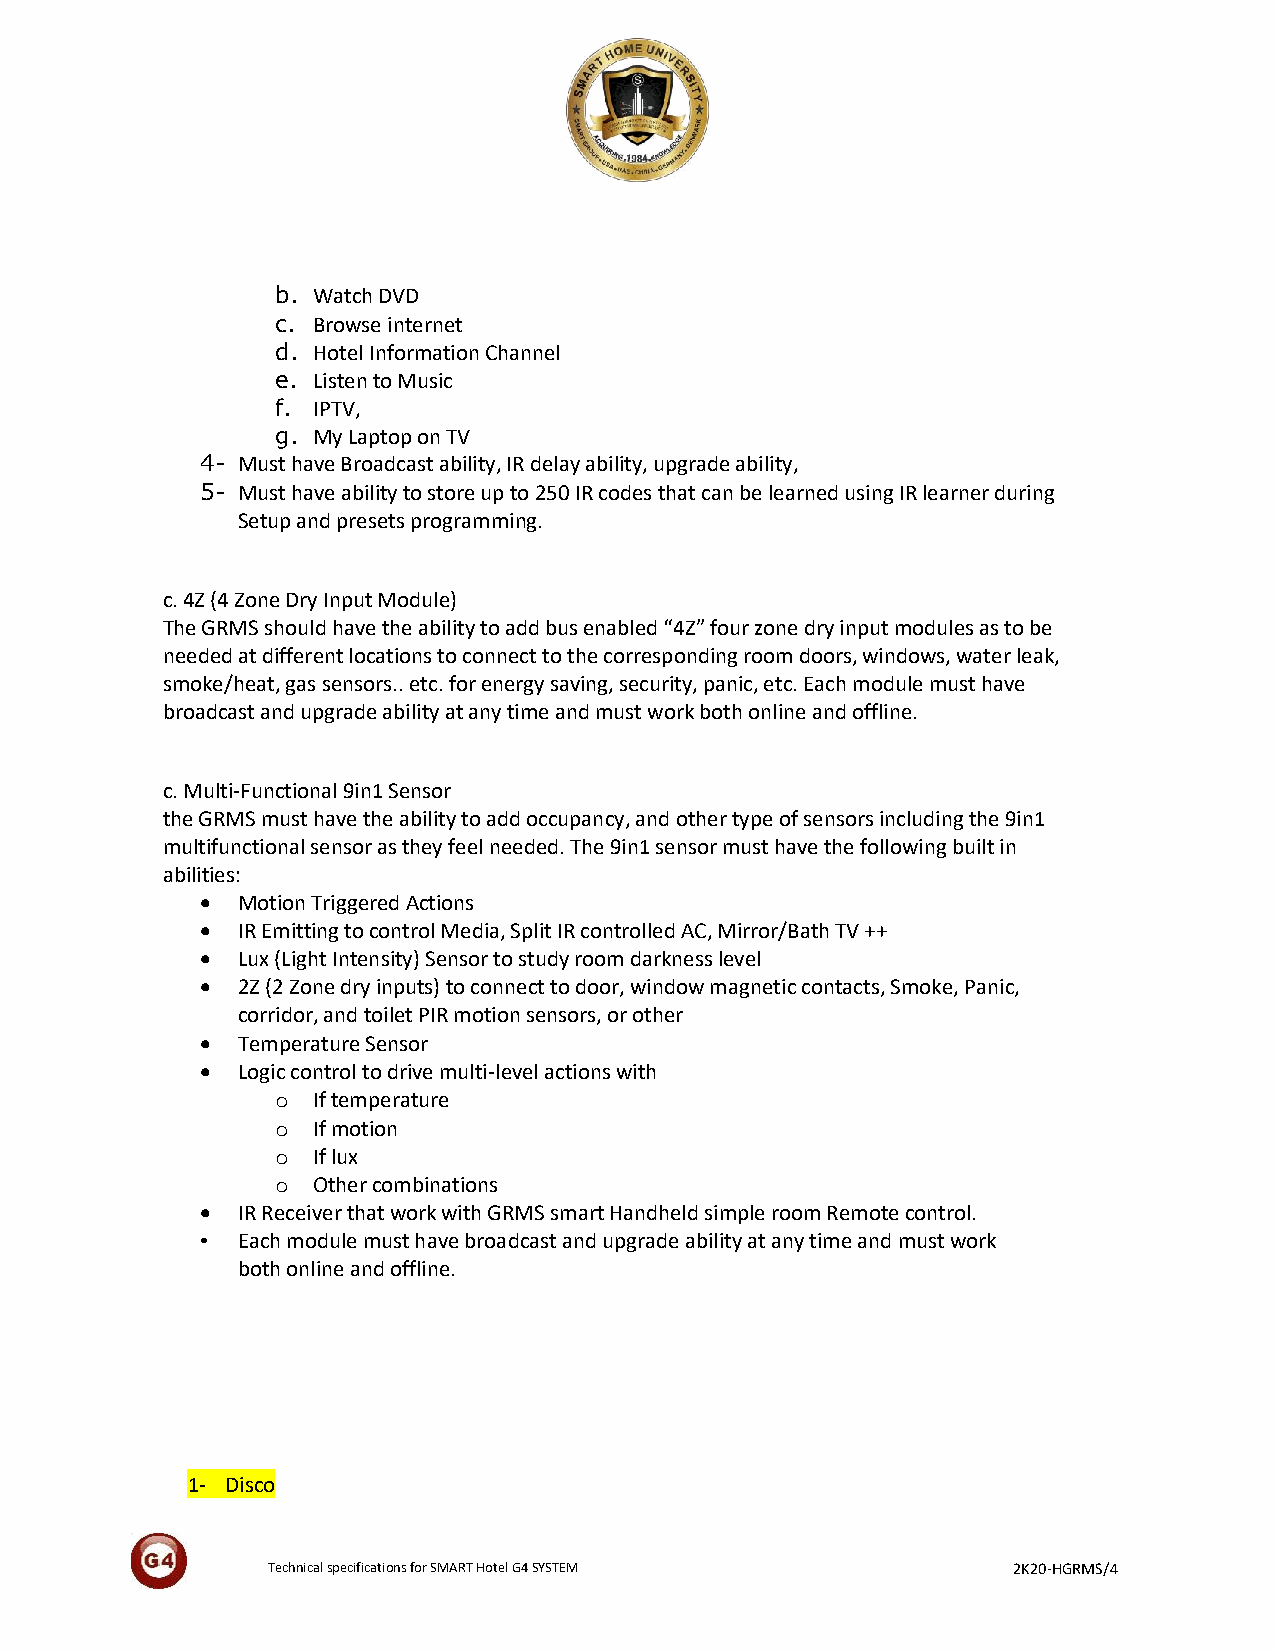
b. Watch DVD
 c. Browse internet
 d. Hotel Information Channel
 e. Listen to Music
 f. IPTV,
 g. My Laptop on TV
 4- Must have Broadcast ability, IR delay ability, upgrade ability,
 5- Must have ability to store up to 250 IR codes that can be learned using IR learner during
 Setup and presets programming.
 c. 4Z (4 Zone Dry Input Module)
 The GRMS should have the ability to add bus enabled “4Z” four zone dry input modules as to be
 needed at different locations to connect to the corresponding room doors, windows, water leak,
 smoke/heat, gas sensors.. etc. for energy saving, security, panic, etc. Each module must have
 broadcast and upgrade ability at any time and must work both online and offline.
 c. Multi-Functional 9in1 Sensor
 the GRMS must have the ability to add occupancy, and other type of sensors including the 9in1
 multifunctional sensor as they feel needed. The 9in1 sensor must have the following built in
 abilities:
   Motion Triggered Actions
   IR Emitting to control Media, Split IR controlled AC, Mirror/Bath TV ++
   Lux (Light Intensity) Sensor to study room darkness level
   2Z (2 Zone dry inputs) to connect to door, window magnetic contacts, Smoke, Panic,
 corridor, and toilet PIR motion sensors, or other
   Temperature Sensor
   Logic control to drive multi-level actions with
 o  If temperature
 o  If motion
 o  If lux
 o  Other combinations
   IR Receiver that work with GRMS smart Handheld simple room Remote control.
 •  Each module must have broadcast and upgrade ability at any time and must work
 both online and offline.
 1- Disco
 Technical specifications for SMART Hotel G4 SYSTEM 2K20-HGRMS/4